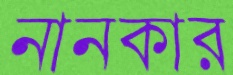
নানকার